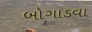
બોગાડવા